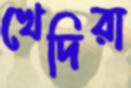
খেদিরা